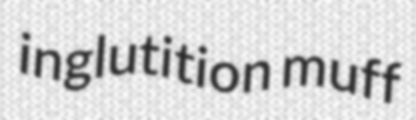
inglutition muff